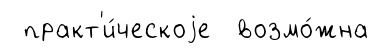
практ'и́ческоjе возмо́жна